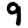
Digit: 9